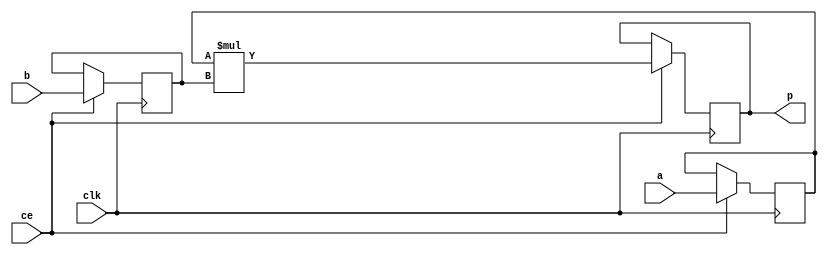
module image_filter_mul_8ns_6ns_13_3_MAC3S_0(clk, ce, a, b, p);
input clk;
input ce;
input[8 - 1 : 0] a; 
input[6 - 1 : 0] b; 
output[13 - 1 : 0] p;
reg [8 - 1 : 0] a_reg0;
reg [6 - 1 : 0] b_reg0;
wire [13 - 1 : 0] tmp_product;
reg [13 - 1 : 0] buff0;
assign p = buff0;
assign tmp_product = a_reg0 * b_reg0;
always @ (posedge clk) begin
    if (ce) begin
        a_reg0 <= a;
        b_reg0 <= b;
        buff0 <= tmp_product;
    end
end
endmodule